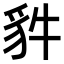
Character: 𧲤